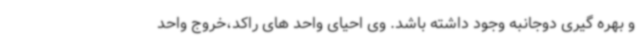
و بهره گیری دوجانبه وجود داشته باشد. وی احیای واحد های راکد،خروج واحد